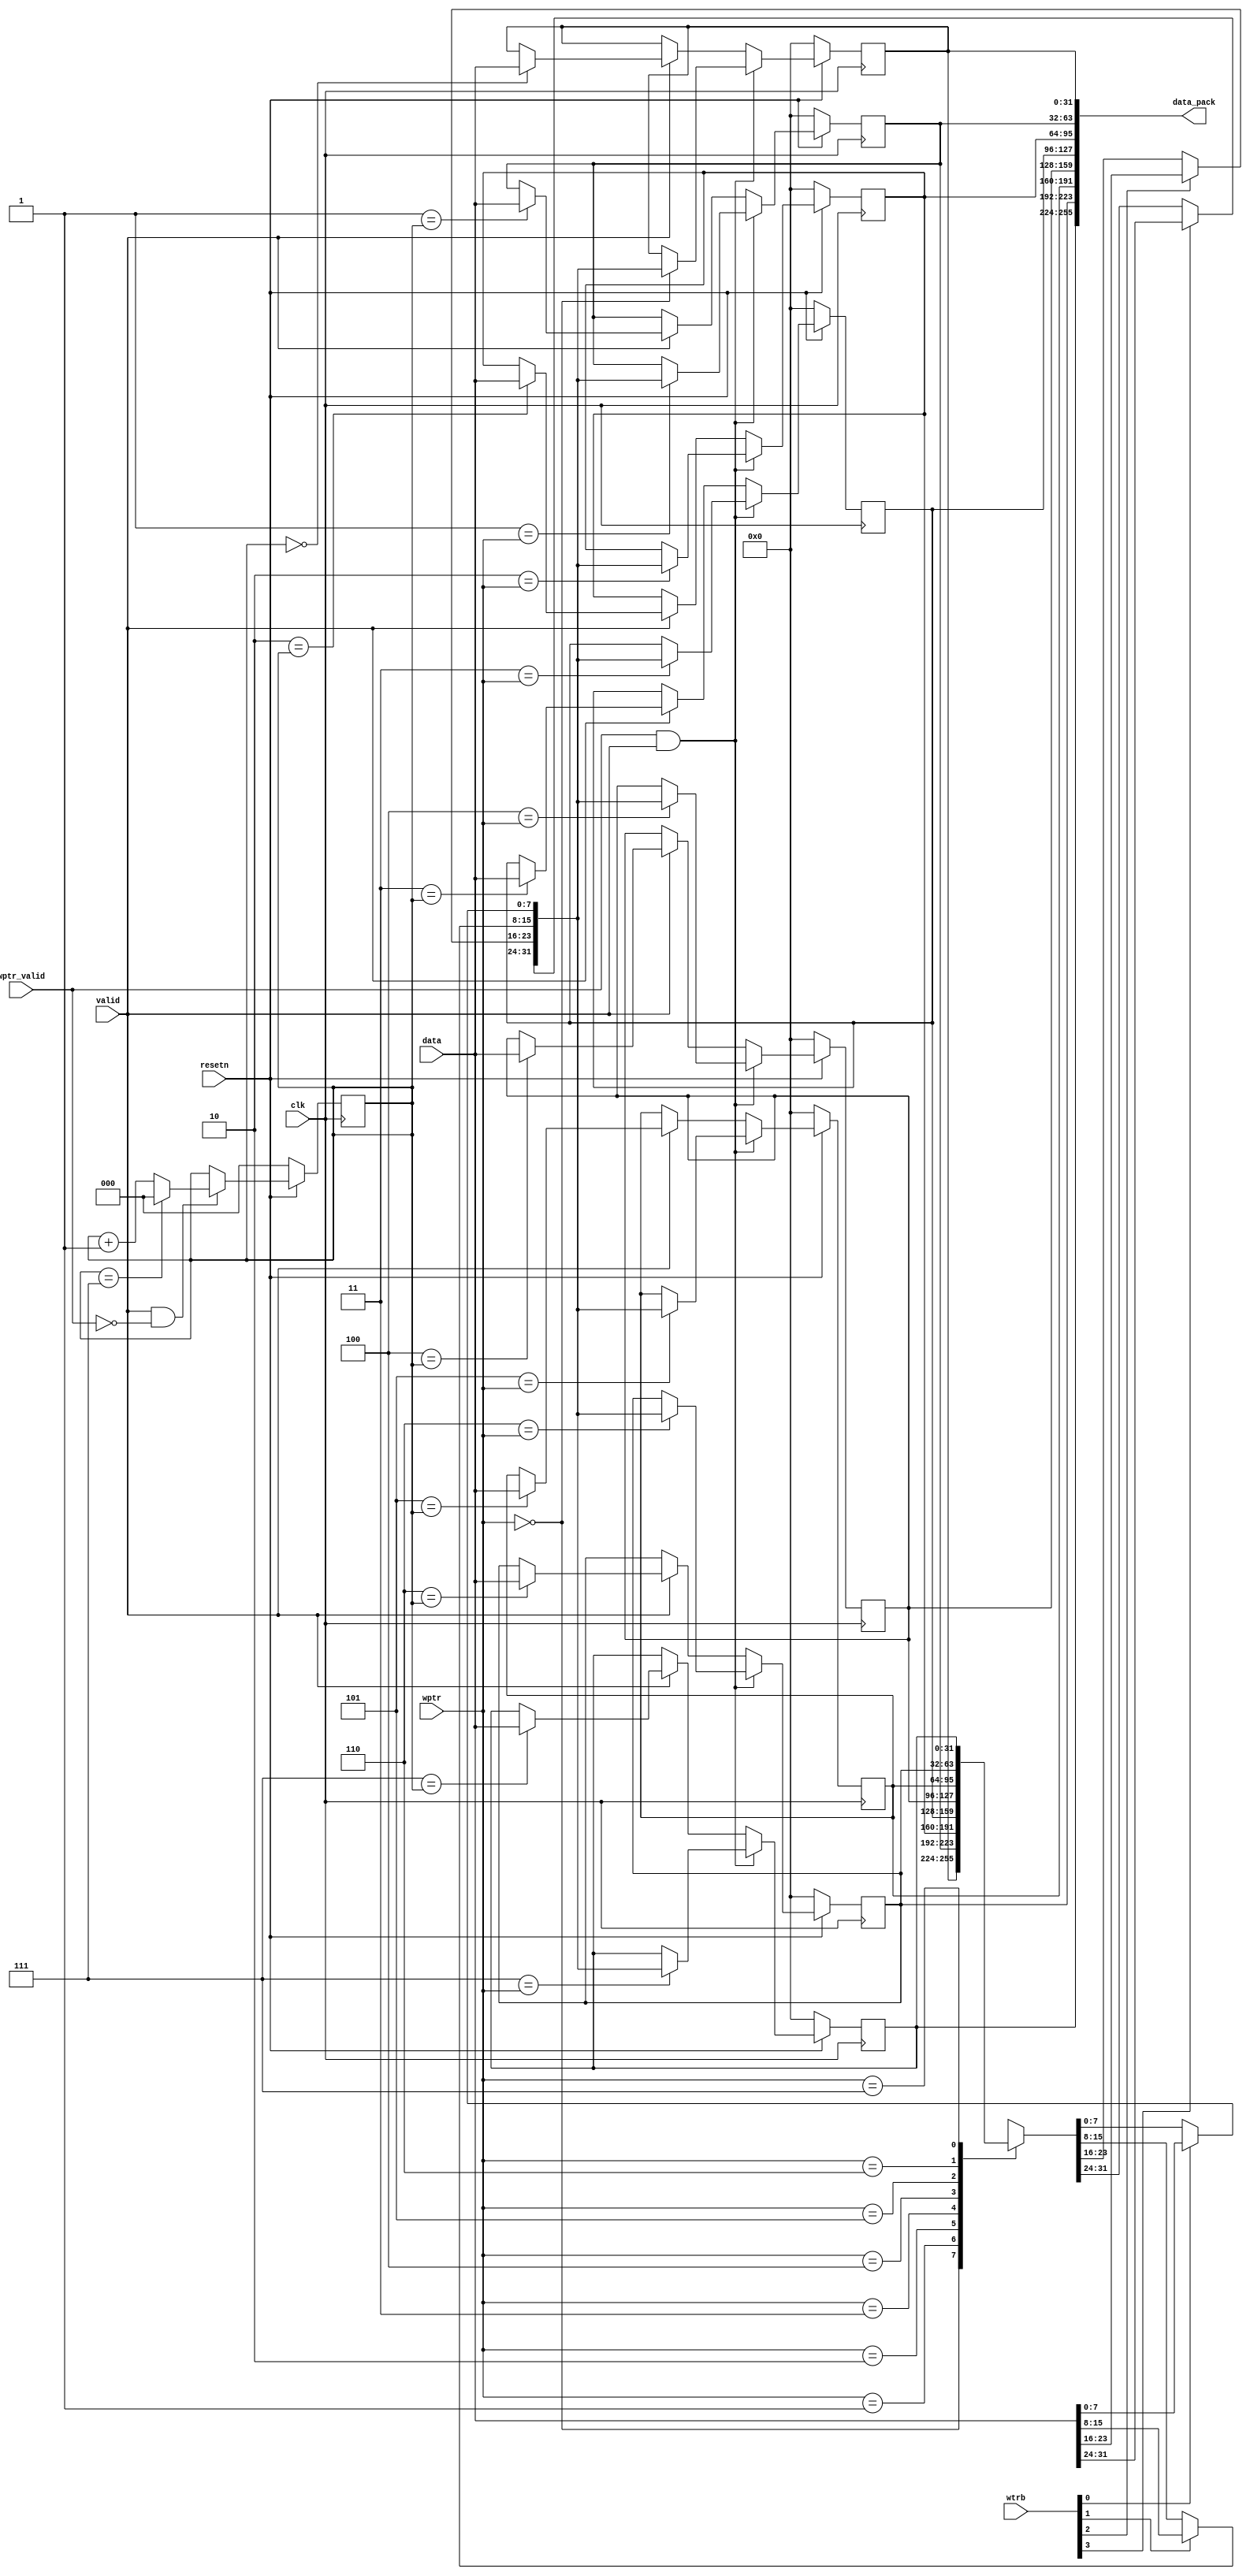
`timescale 1ns / 1ps
//////////////////////////////////////////////////////////////////////////////////
// Company: 
// Engineer: 
// 
// Design Name: 
// Module Name: Ring_buf
// Project Name: 
// Target Devices: 
// Tool Versions: 
// Description: 
// 
// Dependencies: 
// 
// Revision:
// Revision 0.01 - File Created
// Additional Comments:
// 
//////////////////////////////////////////////////////////////////////////////////


module Ring_buf #(
        parameter integer buf_length = 8,
        parameter integer buf_length_bits = $clog2(buf_length),
        parameter integer DATA_WEDTH = 32,
        parameter integer DATA_SELECT = 32/8
)(
        input   wire    clk,
        input   wire    resetn,
        
        input   wire    [DATA_WEDTH -1:0]  data,
        input   wire    [buf_length_bits-1 :0]  wptr,
        input   wire            wptr_valid,
        input   wire    [DATA_SELECT - 1:0]   wtrb,
        input   wire            valid,
        
        output  wire    [DATA_WEDTH*buf_length - 1 : 0]        data_pack
    );
        wire    [DATA_WEDTH - 1:0]  wdata;
        reg     [DATA_WEDTH - 1 :0]  buffer  [buf_length-1 : 0];
        reg     [buf_length_bits -1 : 0]      buf_ptr;
        
        genvar gen;
        generate
        for(gen = 0;gen < DATA_SELECT; gen = gen + 1)
        begin
                assign wdata[8*(gen + 1) - 1: gen * 8] = wtrb[gen] ? data[8*(gen + 1) - 1: gen * 8] : buffer[wptr][8*(gen + 1) - 1: gen * 8];
        end
        endgenerate
        
        generate
        for(gen = 0; gen < buf_length; gen = gen + 1)
        begin
                assign data_pack[(gen+1) * DATA_WEDTH - 1 : gen * DATA_WEDTH] = buffer[gen];
        end
        endgenerate
        
        always @(posedge clk)
        begin
                if(~resetn)
                        buf_ptr <= 'd0;
                else if(valid && ~wptr_valid)
                        buf_ptr <= (buf_ptr == buf_length-1) ? {(buf_length_bits){1'b0}} : buf_ptr + 'd1;
                else
                        buf_ptr <= buf_ptr;
        end
        
        integer i;
        always @(posedge clk)
        begin
                if(~resetn)
                begin
                        for(i = 0;i < buf_length; i = i+1)
                            buffer[i] = {(DATA_WEDTH){1'b0}};
                end
                else if(wptr_valid && valid)
                begin
                        for(i = 0;i < buf_length; i = i+1)
                            buffer[i] = (i == wptr) ? wdata : buffer[i];
                end
                else if(valid)
                begin
                        for(i = 0;i < buf_length; i = i+1)
                            buffer[i] = (i == buf_ptr) ? data : buffer[i];
                end
                else
                begin
                        for(i = 0;i < buf_length; i = i+1)
                            buffer[i] = buffer[i];
                end
        end
endmodule